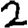
Digit: 2